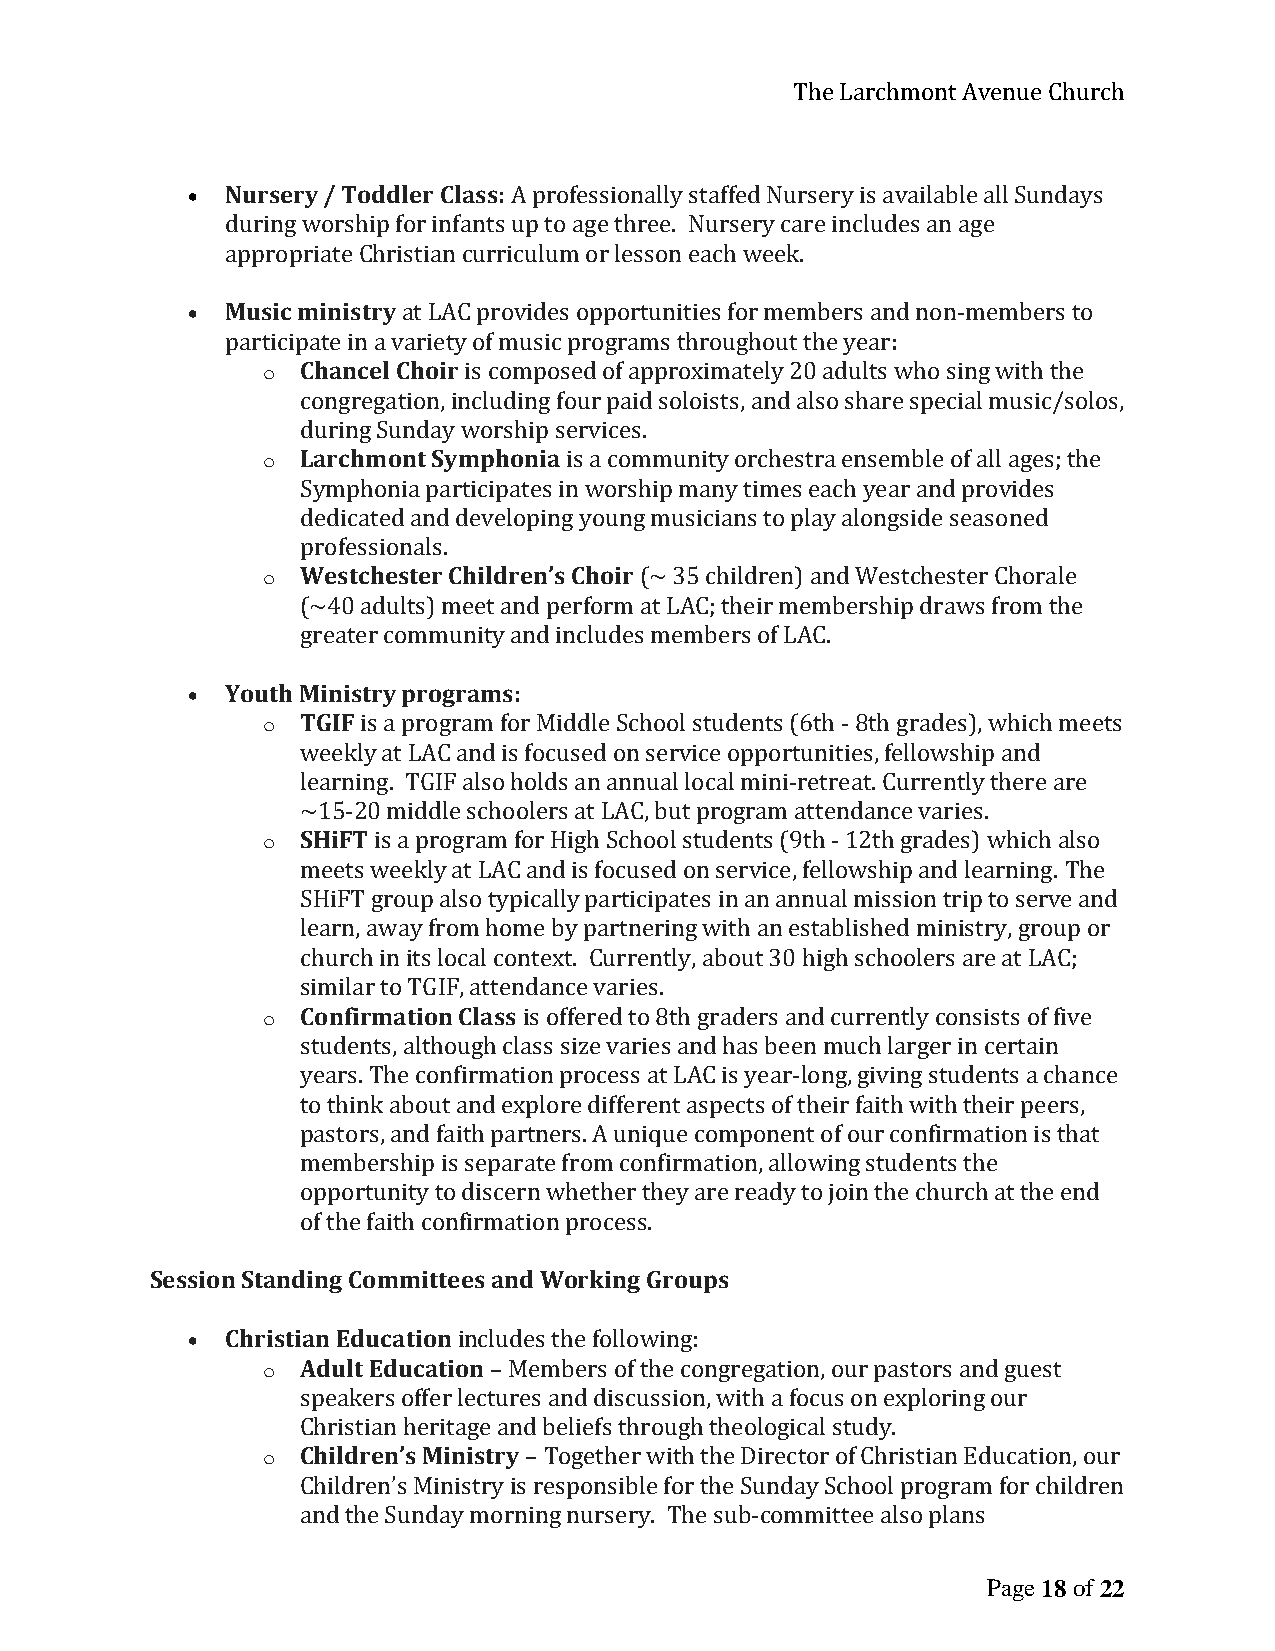
The Larchmont Avenue Church
 •  Nursery / Toddler Class: A professionally staffed Nursery is available all Sundays
 during worship for infants up to age three. Nursery care includes an age
 appropriate Christian curriculum or lesson each week.
 •  Music ministry at LAC provides opportunities for members and non-members to
 participate in a variety of music programs throughout the year:
 o  Chancel Choir is composed of approximately 20 adults who sing with the
 congregation, including four paid soloists, and also share special music/solos,
 during Sunday worship services.
 o  Larchmont Symphonia is a community orchestra ensemble of all ages; the
 Symphonia participates in worship many times each year and provides
 dedicated and developing young musicians to play alongside seasoned
 professionals.
 o  Westchester Children’s Choir (~ 35 children) and Westchester Chorale
 (~40 adults) meet and perform at LAC; their membership draws from the
 greater community and includes members of LAC.
 •  Youth Ministry programs:
 o  TGIF is a program for Middle School students (6th - 8th grades), which meets
 weekly at LAC and is focused on service opportunities, fellowship and
 learning. TGIF also holds an annual local mini-retreat. Currently there are
 ~15-20 middle schoolers at LAC, but program attendance varies.
 o  SHiFT is a program for High School students (9th - 12th grades) which also
 meets weekly at LAC and is focused on service, fellowship and learning. The
 SHiFT group also typically participates in an annual mission trip to serve and
 learn, away from home by partnering with an established ministry, group or
 church in its local context. Currently, about 30 high schoolers are at LAC;
 similar to TGIF, attendance varies.
 o  Confirmation Class is offered to 8th graders and currently consists of five
 students, although class size varies and has been much larger in certain
 years. The confirmation process at LAC is year-long, giving students a chance
 to think about and explore different aspects of their faith with their peers,
 pastors, and faith partners. A unique component of our confirmation is that
 membership is separate from confirmation, allowing students the
 opportunity to discern whether they are ready to join the church at the end
 of the faith confirmation process.
 Session Standing Committees and Working Groups
 •  Christian Education includes the following:
 o  Adult Education – Members of the congregation, our pastors and guest
 speakers offer lectures and discussion, with a focus on exploring our
 Christian heritage and beliefs through theological study.
 o  Children’s Ministry – Together with the Director of Christian Education, our
 Children’s Ministry is responsible for the Sunday School program for children
 and the Sunday morning nursery. The sub-committee also plans
 Page 18 of 22